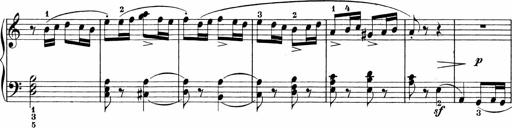
Title: 3 Sonatinas
Composer: Carl Reinecke